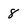
Character: 8